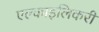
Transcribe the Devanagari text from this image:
एल्काइलिकरी